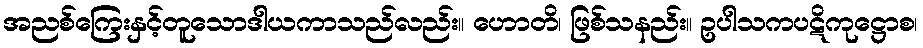
အညစ်ကြေးနှင့်တူသောဒါယကာသည်လည်း။ ဟောတိ၊ ဖြစ်သနည်း။ ဥပါသကပဋိကုဋ္ဌောစ၊